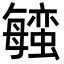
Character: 𬠱